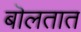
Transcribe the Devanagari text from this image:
बॊलतात